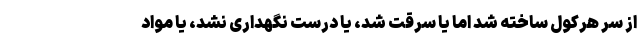
از سر هرکول ساخته شد اما یا سرقت شد، یا درست نگهداری نشد، یا مواد